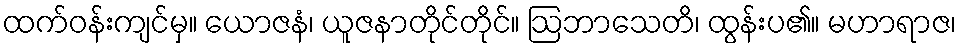
ထက်ဝန်းကျင်မှ။ ယောဇနံ၊ ယူဇနာတိုင်တိုင်။ ဩဘာသေတိ၊ ထွန်းပ၏။ မဟာရာဇ၊